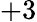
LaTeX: +3